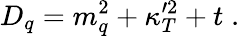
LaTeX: D_{q}=m_{q}^{2}+\kappa_{T}^{\prime 2}+t\; .